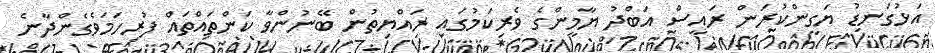
އަޅުގަނޑު ޔަގީންކުރަން ރައީސް އަބްދު ޔާމީންގެ ވެރިކަމުގައި ރައްޔިތުން ބޭނުންވާ ކަންތައްތައް ފުރިހަމަވެގެންދާނެ